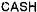
CASH